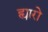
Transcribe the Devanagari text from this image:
ह्यारो